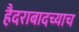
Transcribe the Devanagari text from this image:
हैदराबादच्याच